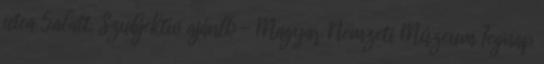
utca 5.alatt. Szubjektív ajánló - Magyar Nemzeti Múzeum Tegnap